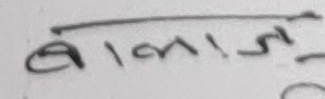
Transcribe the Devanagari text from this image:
बालाजी